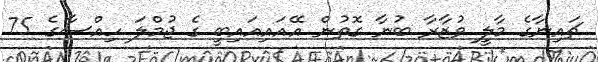
ޗައިނާގެ މާލީ ވުޒާރާ ބުނާ ގޮތުން އޭއައިއައިބީ ގެ ޖުމްލަ ހިއްސާގެ 75